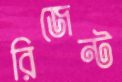
রিজেন্ট